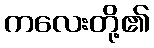
ကလေးတို့၏